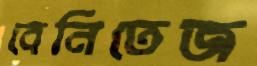
বেনিতেজ